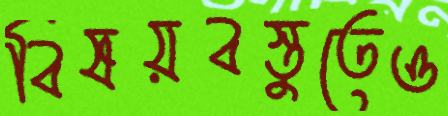
বিষয়বস্তুতেও